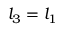
l _ { 3 } = l _ { 1 }